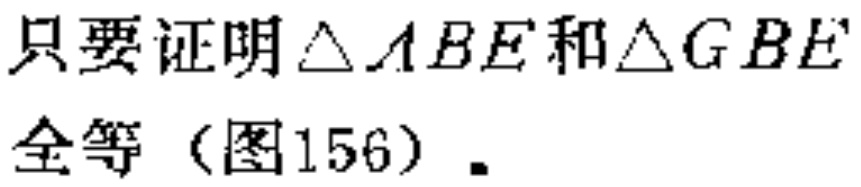
只要证明$\triangle ABE$和$\triangle GBE$全等（图156）.